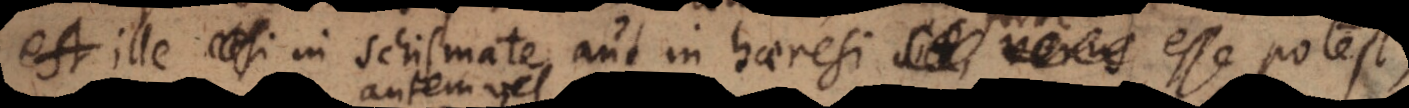
est etsi in schismate aut in haeresi sit,